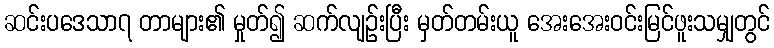
ဆင်းပဒေသာ၇ တာများ၏ မှုတ်၍ ဆက်လျဉ်းပြီး မှတ်တမ်းယူ အေးအေးဝင်းမြင်ဖူးသမျှတွင်